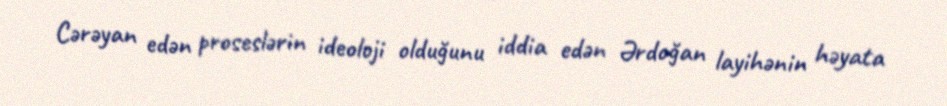
Cərəyan edən proseslərin ideoloji olduğunu iddia edən Ərdoğan layihənin həyata